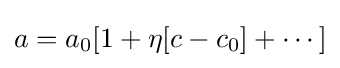
a=a_{0}[1+\eta [c-c_{0}]+\cdots ]